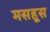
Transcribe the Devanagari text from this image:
मसहूस